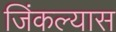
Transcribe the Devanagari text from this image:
जिंकल्यास